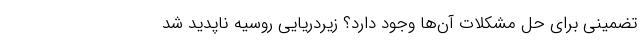
تضمینی برای حل مشکلاتِ آن‌ها وجود دارد؟ زیردریایی روسیه ناپدید شد